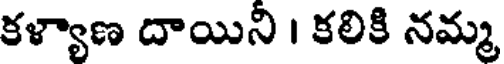
కళ్యాణ దాయిని । కలికి నమ్మ